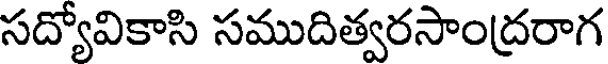
సద్యోవికాసి సముదిత్వరసాంద్రరాగ